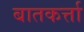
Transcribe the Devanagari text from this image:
बातकर्त्ता